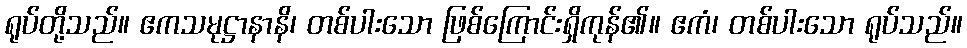
ရုပ်တို့သည်။ ဧကသမုဋ္ဌာနာနိ၊ တစ်ပါးသော ဖြစ်ကြောင်းရှိကုန်၏။ ဧကံ၊ တစ်ပါးသော ရုပ်သည်။